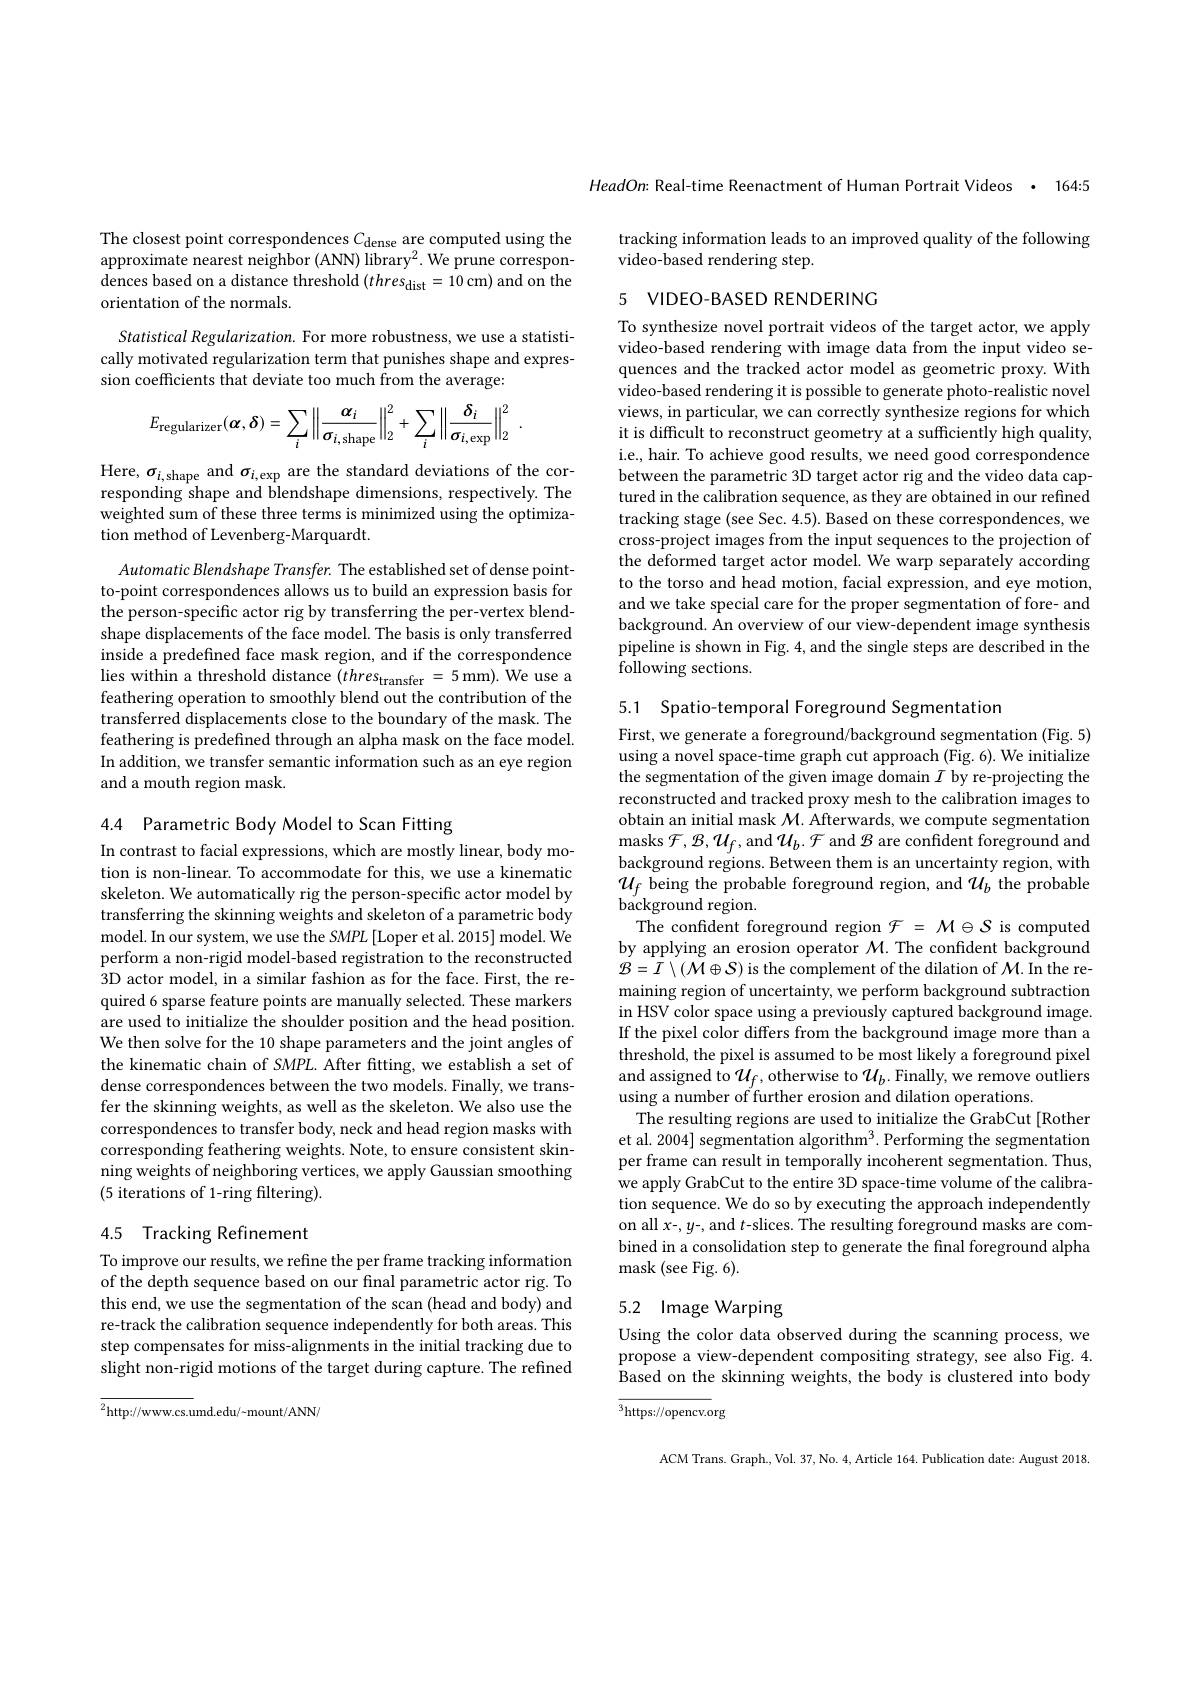
The closest point correspondences $C_\mathrm{dense}$ are computed using the approximate nearest neighbor (ANN) library$^2.$ We prune correspondences based on a distance threshold $(thres_{\mathrm{dist}}=10$ cm) and on the orientation of the normals.

Statistical Regularization. For more robustness, we use a statistically motivated regularization term that punishes shape and expression coefficients that deviate too much from the average:
$$E_{\mathrm{regularizer}}(\boldsymbol{\alpha},\boldsymbol{\delta})=\sum_{i}\left\|\frac{\boldsymbol{\alpha}_{i}}{\sigma_{i,\mathrm{shape}}}\right\|_{2}^{2}+\sum_{i}\left\|\frac{\boldsymbol{\delta}_{i}}{\sigma_{i,\mathrm{exp}}}\right\|_{2}^{2}\:.$$
Here, $\sigma_i$,shape and $\sigma_i$,exp are the standard deviations of the corresponding shape and blendshape dimensions, respectively. The weighted sum of these three terms is minimized using the optimization method of Levenberg-Marquardt.

Automatic Blendshape Transfer. The established set of dense pointto-point correspondences allows us to build an expression basis for the person-specific actor rig by transferring the per-vertex blendshape displacements of the face model. The basis is only transferred inside a predefined face mask region, and if the correspondence lies within a threshold distance $(thres_{\mathrm{transfer}}=5$ mm). We use a feathering operation to smoothly blend out the contribution of the transferred displacements close to the boundary of the mask. The feathering is predefined through an alpha mask on the face model. In addition, we transfer semantic information such as an eye region and a mouth region mask.

4.4 Parametric Body Model to Scan Fitting

In contrast to facial expressions, which are mostly linear, body motion is non-linear. To accommodate for this, we use a kinematic skeleton. We automatically rig the person-specific actor model by transferring the skinning weights and skeleton of a parametric body model. In our system, we use the SMPL [Loper et al. 2015] model. We perform a non-rigid model-based registration to the reconstructed $\bar{3\text{D actor model, in a similar fashion as for the face. First, the re-}}$ quired 6 sparse feature points are manually selected. These markers are used to initialize the shoulder position and the head position. We then solve for the 10 shape parameters and the joint angles of the kinematic chain of SMPL. After fitting, we establish a set of dense correspondences between the two models. Finally, we transfer the skinning weights, as well as the skeleton. We also use the correspondences to transfer body, neck and head region masks with corresponding feathering weights. Note, to ensure consistent skinning weights of neighboring vertices, we apply Gaussian smoothing (5 iterations of 1-ring filtering).

## 4.5 Tracking Refinement

To improve our results, we refine the per frame tracking information of the depth sequence based on our final parametric actor rig. To this end, we use the segmentation of the scan (head and body) and re-track the calibration sequence independently for both areas. This step compensates for miss-alignments in the initial tracking due to slight non-rigid motions of the target during capture. The refined

$^{2}$http://www.cs.umd.edu/~mount/AN/

HeadOn: Real-time Reenactment of Human Portrait Videos · 164:5

# tracking information leads to an improved quality of the following video-based rendering step.

## 5 VIDEO-BASED RENDERING

To synthesize novel portrait videos of the target actor, we apply video-based rendering with image data from the input video sequences and the tracked actor model as geometric proxy. With video-based rendering it is possible to generate photo-realistic novel views, in particular, we can correctly synthesize regions for which it is difficult to reconstruct geometry at a sufficiently high quality, i.e., hair. To achieve good results, we need good correspondence between the parametric 3D target actor rig and the video data captured in the calibration sequence, as they are obtained in our refined tracking stage (see Sec. 4.5). Based on these correspondences, we cross-project images from the input sequences to the projection of the deformed target actor model. We warp separately according to the torso and head motion, facial expression, and eye motion, and we take special care for the proper segmentation of fore- and background. An overview of our view-dependent image synthesis pipeline is shown in Fig. 4, and the single steps are described in the following sections.

5.1 Spatio-temporal Foreground Segmentation
First, we generate a foreground/background segmentation (Fig. 5) using a novel space-time graph cut approach (Fig. 6). We initialize the segmentation of the given image domain $I$ by re-projecting the reconstructed and tracked proxy mesh to the calibration images to obtain an initial mask $\mathcal{M}.$ Afterwards, we compute segmentation masks $\mathcal{F},\mathcal{B},\mathcal{U}_f$,and $\mathcal{U}_b.\mathcal{F}$ and $\mathcal{B}$ are confident foreground and background regions. Between them is an uncertainty region, with $\begin{array}{l}{\mathcal{U}_{f}\text{ being the probable foreground region, and }\mathcal{U}_{b}\text{ the probable}}\\{\mathcal{U}_{f}\text{ being the probable}}\\{\text{background region.}}\end{array}$
The confident foreground region $\mathcal{F}=\mathcal{M}\oplus\mathcal{S}$ is computed by applying an erosion operator $\mathcal{M}.$ The confident background $\mathcal{B}=I\setminus(\bar{\mathcal{M}}\oplus\mathcal{S})$ is the complement of the dilation of $\mathcal{M}.$ In the remaining region of uncertainty, we perform background subtraction in HSV color space using a previously captured background image. If the pixel color differs from the background image more than a threshold, the pixel is assumed to be most likely a foreground pixel and assigned to $\mathcal{U}_f$, otherwise to $\mathcal{U}_b.$ Finally, we remove outliers using a number of further erosion and dilation operations.
The resulting regions are used to initialize the GrabCut [Rother et al. 2004] segmentation algorithm$^3.$ Performing the segmentation per frame can result in temporally incoherent segmentation. Thus, we apply GrabCut to the entire 3D space-time volume of the calibration sequence. We do so by executing the approach independently on all $x-,y-$,and $t$-slices. The resulting foreground masks are combined in a consolidation step to generate the final foreground alpha mask (see Fig. 6).

# 5.2 Image Warping Using the color data observed during the scanning process, we

propose a view-dependent compositing strategy, see also Fig. 4. Based on the skinning weights, the body is clustered into body

${\overline{^3}\mathrm{https://opencv.org}}$

ACM Trans. Graph. Vol. 37, No. 4, Article 164. Publication date: August 2018